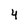
Character: 4